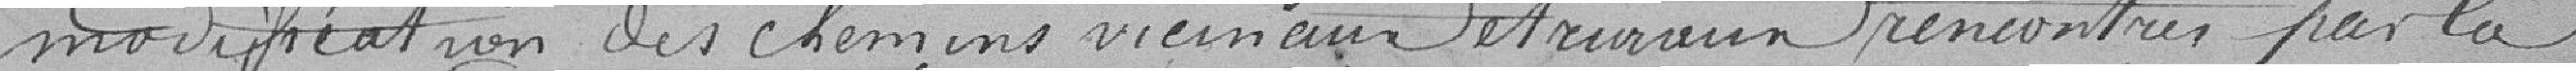
modification des chemins vicinaux et ruraux rencontrés